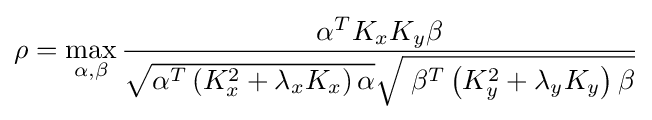
\rho =\max _{\alpha ,\beta }{\frac {\alpha ^{T}K_{x}K_{y}\beta }{{\sqrt {\alpha ^{T}\left(K_{x}^{2}+\lambda _{x}K_{x}\right)\alpha }}{\sqrt {\;\beta ^{T}\left(K_{y}^{2}+\lambda _{y}K_{y}\right)\beta }}}}